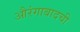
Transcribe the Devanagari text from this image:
औरंगाबादची